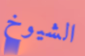
الشيوخ